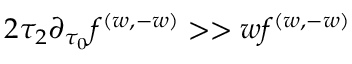
{ 2 \tau _ { 2 } \partial _ { \tau _ { 0 } } f ^ { ( w , - w ) } > > w f ^ { ( w , - w ) } }